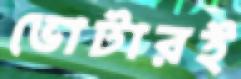
ভোটারই